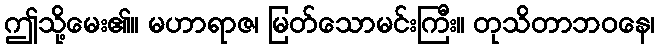
ဤသို့မေး၏။ မဟာရာဇ၊ မြတ်သောမင်းကြီး။ တုသိတာဘဝနေ၊